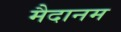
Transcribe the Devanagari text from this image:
मैदानम